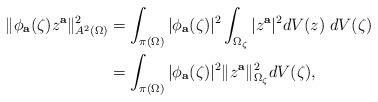
LaTeX: \begin{align*}\|\phi_{\mathbf a}(\zeta)z^{\mathbf a}\|^2_{A^2(\Omega)}&=\int_{\pi(\Omega)}|\phi_{\mathbf a}(\zeta)|^2\int_{\Omega_{\zeta}}|z^{\mathbf a}|^2dV(z)\;dV(\zeta)\\&=\int_{\pi(\Omega)}|\phi_{\mathbf a}(\zeta)|^2\|z^{\mathbf a}\|^2_{\Omega_{\zeta}}dV(\zeta),\end{align*}